Report on vaccination in the Province of Bengal - 1874-1889
Year: 1874
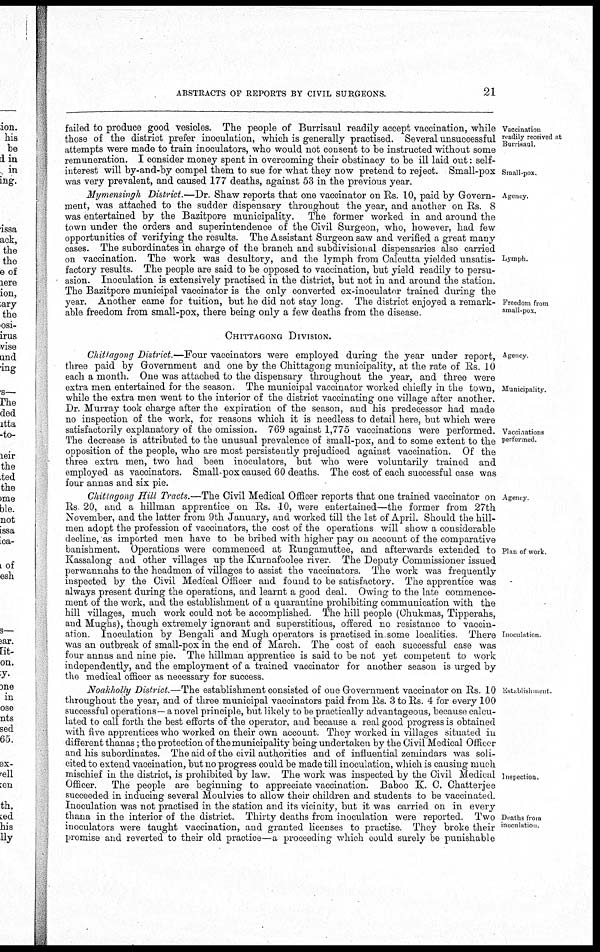
ABSTRACTS OF REPORTS BY CIVIL SURGEONS.
21
Vaccination
readily received at
Burrisaul.
Small-pox.
failed to produce good vesicles. The people of Burrisaul readily accept vaccination, while
those of the district prefer inoculation, which is generally practised. Several unsuccessful
attempts were made to train inoculators, who would not consent to be instructed without some
remuneration. I consider money spent in overcoming their obstinacy to be ill laid out: self-
interest will by-and-by compel them to sue for what they now pretend to reject. Small-pox
was very prevalent, and caused 177 deaths, against 53 in the previous year.
Agency.
Lymph.
Freedom from
small-pox.
Mymensingh District.—Dr. Shaw reports that one vaccinator on Rs. 10, paid by Govern-
ment, was attached to the sudder dispensary throughout the year, and another on Rs. 8
was entertained by the Bazitpore municipality. The former worked in and around the
town under the orders and superintendence of the Civil Surgeon, who, however, had few
opportunities of verifying the results. The Assistant Surgeon saw and verified a great many
cases. The subordinates in charge of the branch and subdivisional dispensaries also carried
on vaccination. The work was desultory, and the lymph from Calcutta yielded unsatis-
factory results. The people are said to be opposed to vaccination, but yield readily to persu-
asion. Inoculation is extensively practised in the district, but not in and around the station.
The Bazitpore municipal vaccinator is the only converted ex-inoculator trained during the
year. Another came for tuition, but he did not stay long. The district enjoyed a remark-
able freedom from small-pox, there being only a few deaths from the disease.
CHITTAGONG DIVISION.
Agency.
Municipality.
Vaccinations
performed
Chittagong District.—Four vaccinators were employed during the year under report,
three paid by Government and one by the Chittagong municipality, at the rate of Rs. 10
each a month. One was attached to the dispensary throughout the year, and three were
extra men entertained for the season. The municipal vaccinator worked chiefly in the town,
while the extra men went to the interior of the district vaccinating one village after another.
Dr. Murray took charge after the expiration of the season, and his predecessor had made
no inspection of the work, for reasons which it is needless to detail here, but which were
satisfactorily explanatory of the omission. 769 against 1,775 vaccinations were performed.
The decrease is attributed to the unusual prevalence of small-pox, and to some extent to the
opposition of the people, who are most persistently prejudiced against vaccination. Of the
three extra men, two had been inoculators, but who were voluntarily trained and
employed as vaccinators. Small-pox caused 60 deaths. The cost of each successful case was
four annas and six pie.
Agency.
Plan of work.
Inoculation.
Chittagong Hill Tracts.—The Civil Medical Officer reports that one trained vaccinator on
Rs 20, and a hillman apprentice on Rs. 10, were entertained—the former from 27th
November, and the latter from 9th January, and worked till the 1st of April. Should the hill-
men adopt the profession of vaccinators, the cost of the operations will show a considerable
decline, as imported men have to be bribed with higher pay on account of the comparative
banishment. Operations were commenced at Rungamuttee, and afterwards extended to
Kassalong and other villages up the Kurnafoolee river. The Deputy Commissioner issued
perwannahs to the headmen of villages to assist the vaccinators. The work was frequently
inspected by the Civil Medical Officer and found to be satisfactory. The apprentice was
always present during the operations, and learnt a good deal. Owing to the late commence-
ment of the work, and the establishment of a quarantine prohibiting communication with the
hill villages, much work could not be accomplished The hill people (Chukmas, Tipperahs,
and Mughs), though extremely ignorant and superstitious, offered no resistance to vaccin-
ation. Inoculation by Bengali and Mugh operators is practised in some localities. There
was an outbreak of small-pox in the end of March. The cost of each successful case was
four annas and nine pie. The hillman apprentice is said to be not yet competent to work
independently, and the employment of a trained vaccinator for another season is urged by
the medical officer as necessary for success.
Establishment.
Inspection.
Deaths from
inoculation.
Noakholly District.—The establishment consisted of one Government vaccinator on Rs. 10
throughout the year, and of three municipal vaccinators paid from Rs. 3 to Rs 4 for every 100
successful operations— a novel principle, but likely to be practically advantageous, because calcu-
lated to call forth the best efforts of the operator, and because a real good progress is obtained
with five apprentices who worked on their own account. They worked in villages situated in
different thanas; the protection of the municipality being undertaken by the Civil Medical Officer
and his subordinates. The aid of the civil authorities and of influential zemindars was soli-
cited to extend vaccination, but no progress could be made till inoculation, which is causing much
mischief in the district, is prohibited by law. The work was inspected by the Civil Medical
Officer.
The people are beginning to appreciate vaccination. Baboo K. C. Chatterjee
succeeded in inducing several Moulvies to allow their children and students to be vaccinated.
Inoculation was not practised in the station and its vicinity, but it was carried on in every
thana in the interior of the district. Thirty deaths from inoculation were reported. Two
inoculators were taught vaccination, and granted licenses to practise. They broke their
promise and reverted to their old practice—a proceeding which could surely be punishable